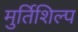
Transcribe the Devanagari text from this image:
मुर्तिशिल्प